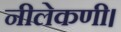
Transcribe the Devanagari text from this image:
नीलेकणी।